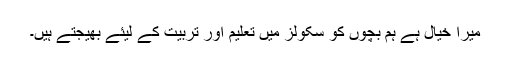
میرا خیال ہے ہم بچوں کو سکولز میں تعلیم اور تربیت کے لیئے بھیجتے ہیں۔